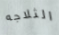
الثلاجه